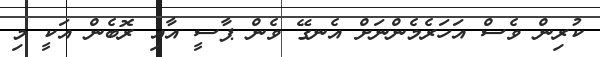
ކުރިން ވެސް އަހަރެމެންނަށް އެނގޭ ވެން ޕާސީ އާއި ރޮބެން އަކީ މި